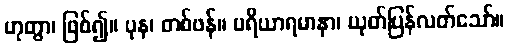
ဟုတွာ၊ ဖြစ်၍။ ပုန၊ တစ်ဖန်။ ပရိယာရမာနာ၊ ယုတ်ပြန်လတ်သော်။